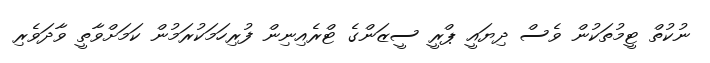
ނުކުތް ޓީމުތަކުން ވެސް ދިޔައީ ޕްރީ ސީޒަންގެ ޓްރެއިނިން ފުރިހަމަކުރަމުން ކަމަށްވާތީ ވާދަވެރި